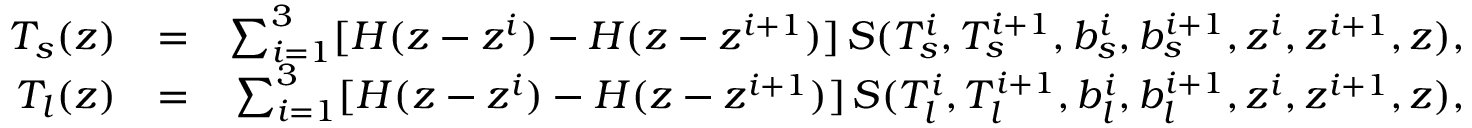
\begin{array} { r l r } { T _ { s } ( z ) } & { = } & { \sum _ { i = 1 } ^ { 3 } [ H ( z - z ^ { i } ) - H ( z - z ^ { i + 1 } ) ] \, S ( T _ { s } ^ { i } , T _ { s } ^ { i + 1 } , b _ { s } ^ { i } , b _ { s } ^ { i + 1 } , z ^ { i } , z ^ { i + 1 } , z ) , } \\ { T _ { l } ( z ) } & { = } & { \sum _ { i = 1 } ^ { 3 } [ H ( z - z ^ { i } ) - H ( z - z ^ { i + 1 } ) ] \, S ( T _ { l } ^ { i } , T _ { l } ^ { i + 1 } , b _ { l } ^ { i } , b _ { l } ^ { i + 1 } , z ^ { i } , z ^ { i + 1 } , z ) , } \end{array}